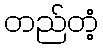
တည်တံ့